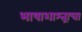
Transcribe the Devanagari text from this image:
भाषाशाश्त्राचा